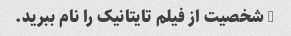
5 شخصیت از فیلم تایتانیک را نام ببرید.